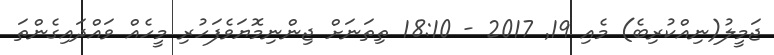
ޖަމީލު(ނިއްކުރިބެ) މެއި 19